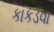
કાકડવા